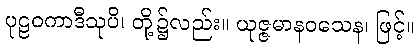
ပုဠဝကာဒီသုပိ၊ တို့၌လည်း။ ယုဇ္ဇမာနဝသေန၊ ဖြင့်။